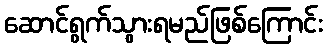
ဆောင်ရွက်သွားရမည်ဖြစ်ကြောင်း